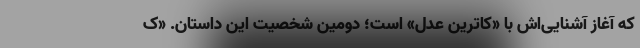
که آغاز آشنایی‌اش با «کاترین عدل» است؛ دومین شخصیت این داستان. «ک